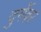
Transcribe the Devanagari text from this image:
दुर्गेवर